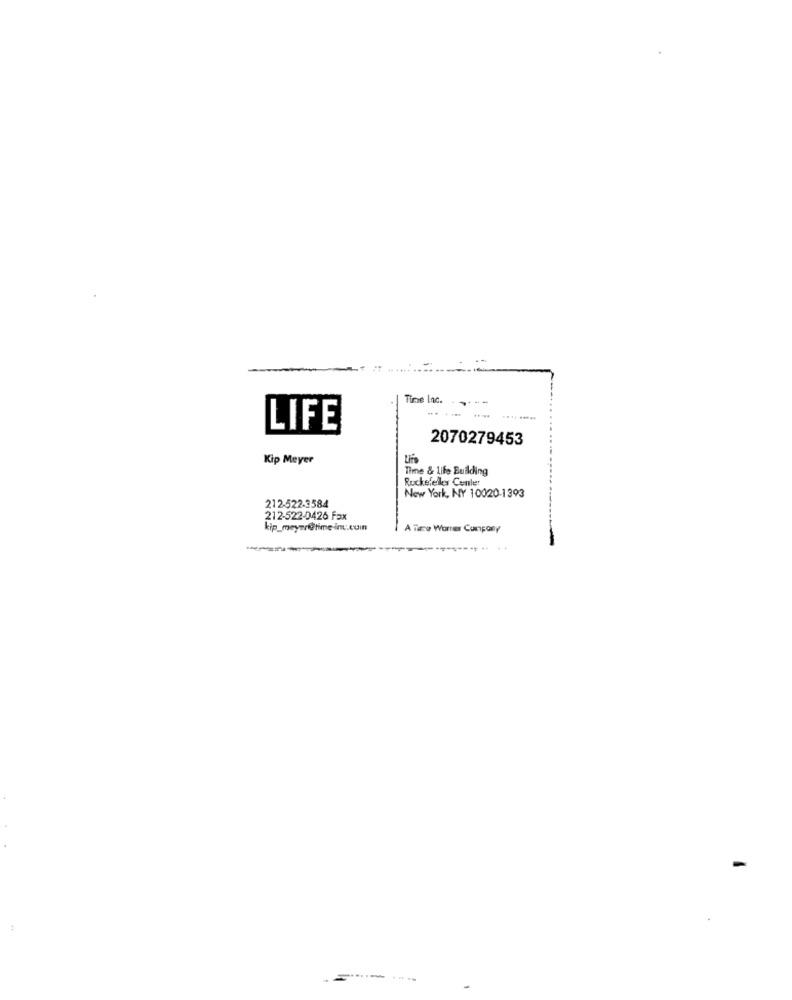
Time Inc.
----
.... ....
LIFE
2070279453
Kip Meyer
Time & Life Building
Rockefeller Center
New York, NY 10020-1393
212-522-3584
212-522-0426 Fax
kip_meyer@time inc.comn
A Taco Wonrer Canpony